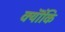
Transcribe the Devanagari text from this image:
क्यॊंकि